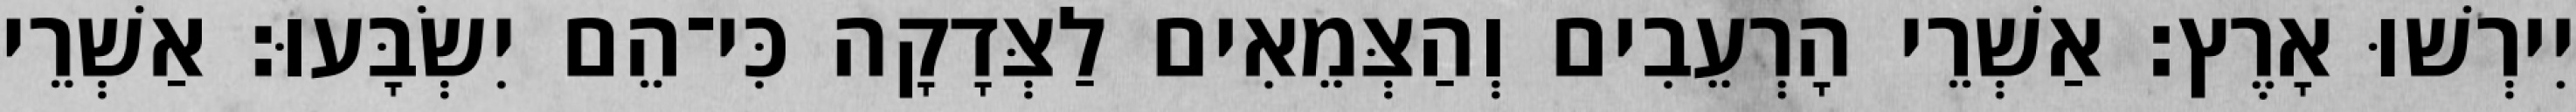
יִירְשׁוּ אָרֶץ׃ אַשְׁרֵי הָרְעֵבִים וְהַצְּמֵאִים לַצְּדָקָה כִּי־הֵם יִשְׂבָּעוּ׃ אַשְׁרֵי